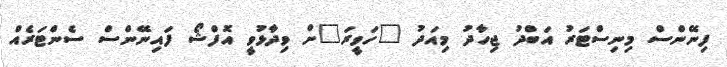
ފިނޭންސް މިނިސްޓަރު އަބްދު ޖިހާދު މިއަދު "ހަވީރަ"ށް ވިދާޅުވީ އޮފްޝޯ ފައިނޭންސް ސެންޓަރެއް